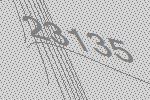
23135